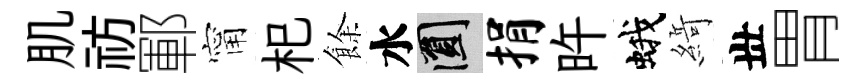
肌祊鄆甯𣏌餘水圓捐旿蛾𦂶丗胃